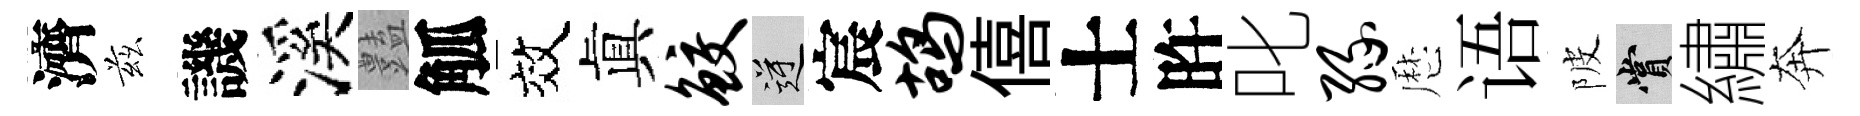
濟兹譏溪𧰟觚效眞鲛逆宸鸪僖士旿叱缘厯语陂賞繡奔